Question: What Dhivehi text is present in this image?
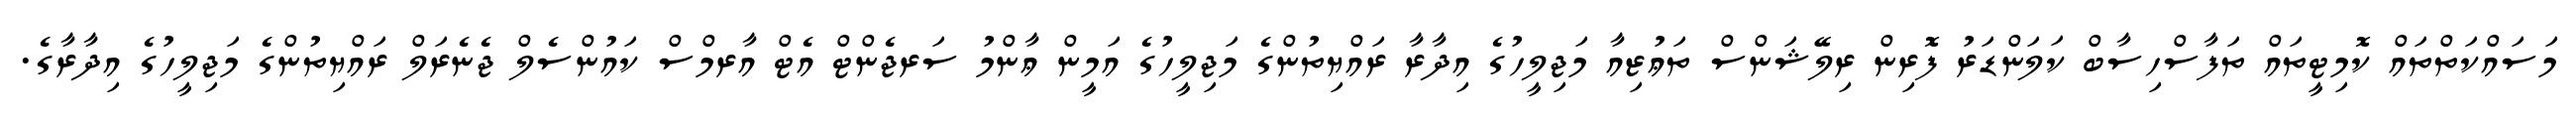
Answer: މަސައްކަތްތައް ކޮމިޓީތައް ތަފާސްހިސާބް ކަލަންޑަރު ފޮރިން ރިލޭޝަންސް ތަޢުޒިއާ މަޖިލީހުގެ އިދާރާ ރައްޔިތުންގެ މަޖިލީހުގެ އަމީން ޢާންމު ސަރޖެންޓް އެޓް އާރމްސް ކައުންސެލް ޖެނެރަލް ރައްޔިތުންގެ މަޖިލީހުގެ އިދާރާގެ.